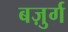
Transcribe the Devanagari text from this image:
बज़ुर्ग